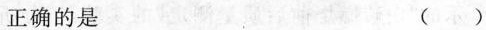
正确的是 ( )